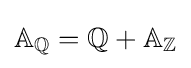
\mathbb {A} _{\mathbb {Q} }=\mathbb {Q} +\mathbb {A} _{\mathbb {Z} }